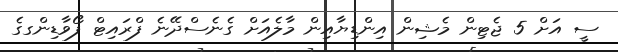
ސީ އަށް 5 ޖެޓިން މެޝިން އިންޑިޔާއިން މާލެއަށް ގެނެސްދޭނެ ފްރައިޓް ފޯވާޑިންގގެ